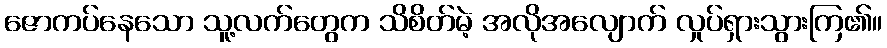
ဇောကပ်နေသော သူ့လက်တွေက သိစိတ်မဲ့ အလိုအလျောက် လှုပ်ရှားသွားကြ၏။